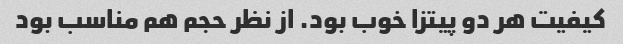
کیفیت هر دو پیتزا خوب بود. از نظر حجم هم مناسب بود